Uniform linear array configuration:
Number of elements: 16
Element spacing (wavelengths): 1
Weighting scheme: hann
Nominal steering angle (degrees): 45
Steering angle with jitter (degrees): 44.222
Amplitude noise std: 0.05
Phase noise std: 0.05

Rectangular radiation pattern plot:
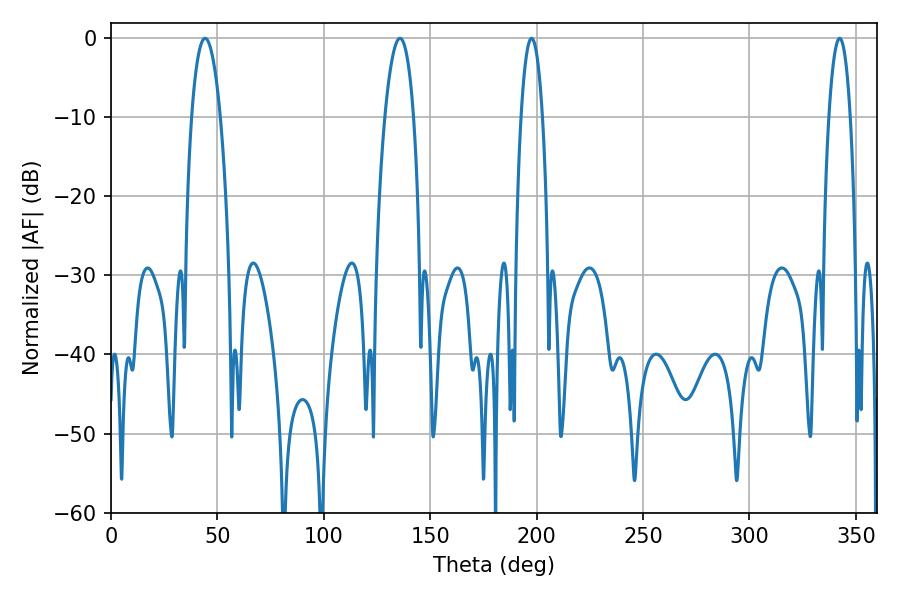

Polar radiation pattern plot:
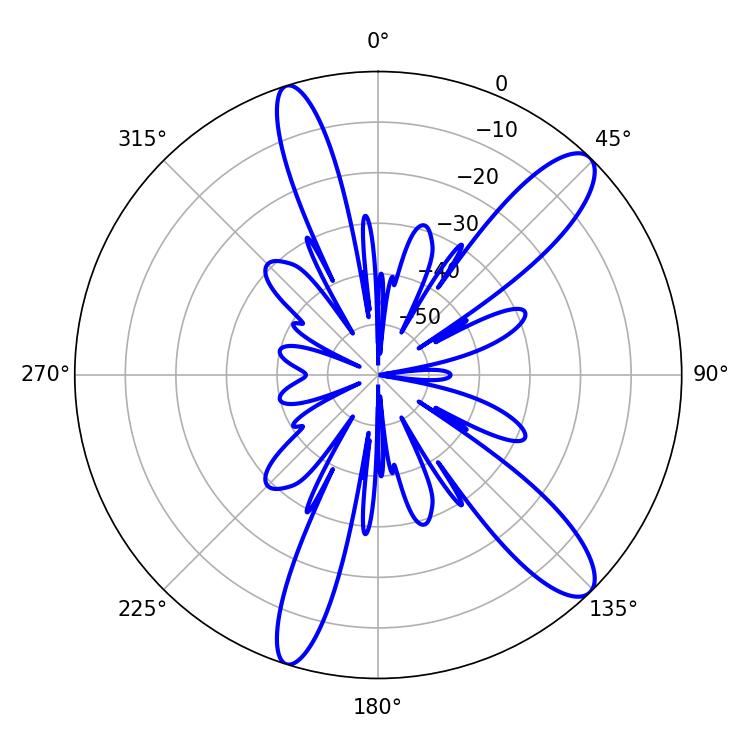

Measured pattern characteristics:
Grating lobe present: TRUE
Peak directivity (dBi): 11.787
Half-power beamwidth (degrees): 5.76
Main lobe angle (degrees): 197.64